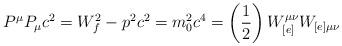
LaTeX: \begin{align*}P^{\mu}P_{\mu} c^{2} = W_{f}^{2} - p^{2} c^{2} = m_{0}^{2} c^{4} = \left(\frac{1}{2}\right) W_{[e]}^{\mu\nu}W_{[e]\mu\nu}\end{align*}